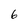
Character: 6